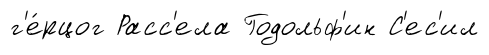
г'е́рцог Расс'ела Годольф'ин С'ес'ил